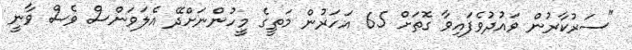
"ސަރުކާރުން ވައުދުވެފައިވާ ގޮތަށް 65 އަހަރުން މަތީގެ މީހުންނަށްދޭ އެލަވަންސް ވެސް ވާނީ